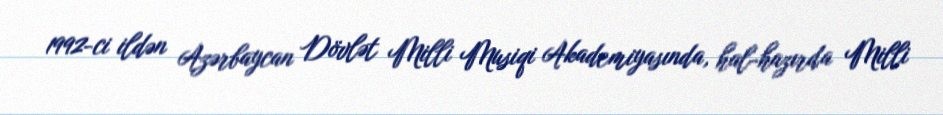
1992-ci ildən Azərbaycan Dövlət Milli Musiqi Akademiyasında, hal-hazırda Milli